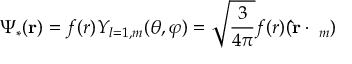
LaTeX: \Psi _ { * } ( { \bf r } ) = f ( r ) Y _ { l = 1 , m } ( \theta , \varphi ) = \sqrt { \frac { 3 } { 4 \pi } } f ( r ) ( { \bf \hat { r } } \cdot { \bf \varepsilon } _ { m } )